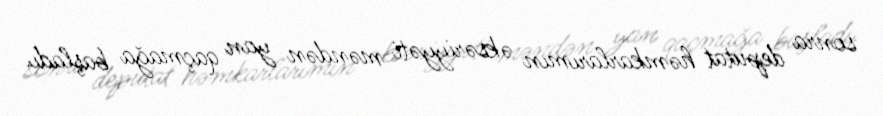
sonra deputat həmkarlarımın əksəriyyəti məndən yan qaçmağa başladı.